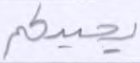
يحييكم